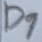
Text: D1